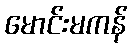
မောင်းမကန်